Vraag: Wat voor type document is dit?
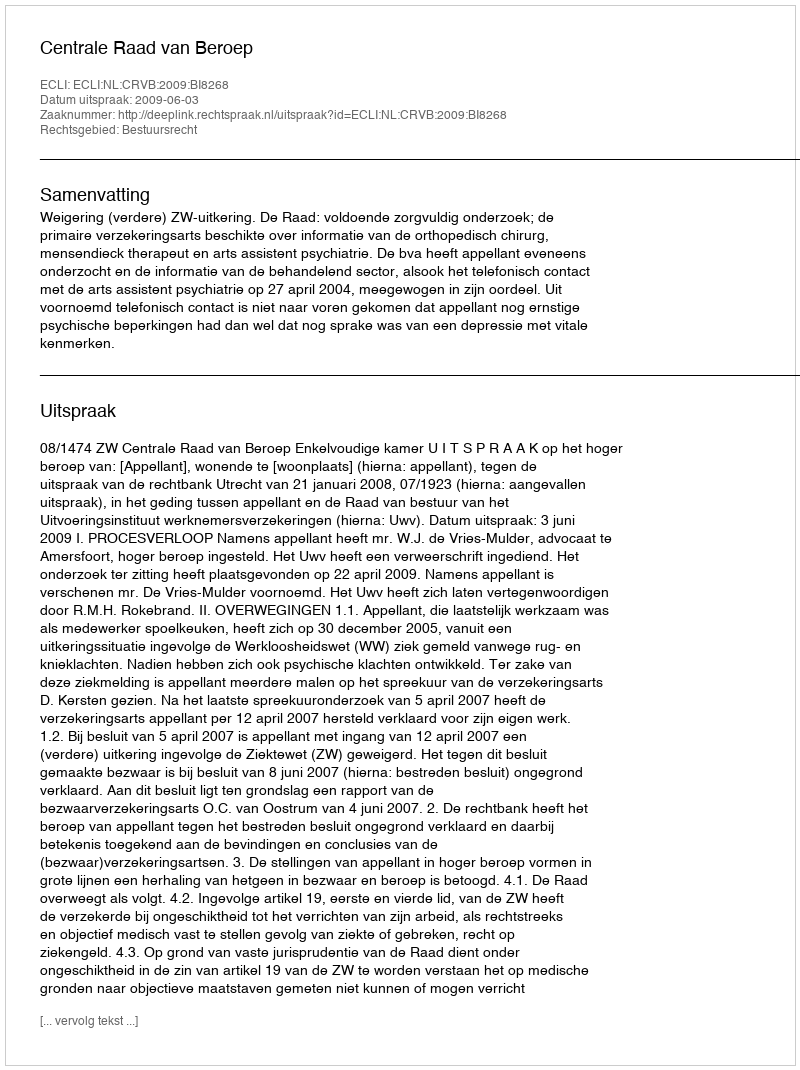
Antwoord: Uitspraak